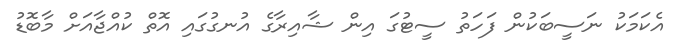
އެކަމަކު ނަސީބަކުން ފަހަތު ސީޓުގަ އިން ޝާއިރާގެ އުނގުގައި އޮތް ކުއްޖާއަށް މާބޮޑު